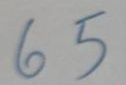
65